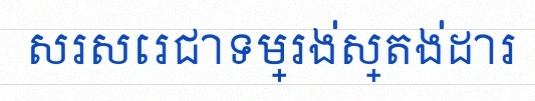
សរសេរជាទម្រង់ស្តង់ដារ